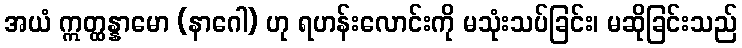
အယံ ဣတ္ထန္နာမော (နာဂေါ) ဟု ရဟန်းလောင်းကို မသုံးသပ်ခြင်း၊ မဆိုခြင်းသည်